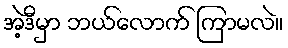
အဲ့ဒီမှာ ဘယ်လောက် ကြာမလဲ။